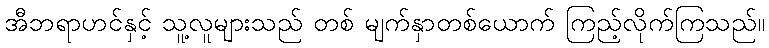
အီဘရာဟင်နှင့် သူ့လူများသည် တစ် မျက်နှာတစ်ယောက် ကြည့်လိုက်ကြသည်။